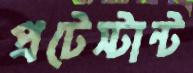
প্রটেস্টান্ট